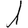
Digit: 1